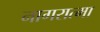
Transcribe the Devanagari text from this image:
नागरात्मा